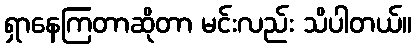
ရှာနေကြတာဆိုတာ မင်းလည်း သိပါတယ်။